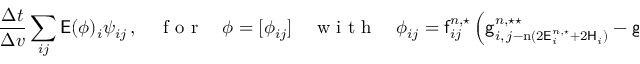
\frac { \Delta t } { \Delta v } \sum _ { i j } \mathsf { E } ( \phi ) _ { i } \psi _ { i j } \, , \quad \mathrm { ~ f ~ o ~ r ~ } \quad \phi = [ \phi _ { i j } ] \quad \mathrm { ~ w ~ i ~ t ~ h ~ } \quad \phi _ { i j } = \mathsf { f } _ { i j } ^ { n , \star } \left( \mathsf { g } _ { i , \, j - \mathrm { n } ( 2 \mathsf { E } _ { i } ^ { n , \star } + 2 \mathsf { H } _ { i } ) } ^ { n , \star \star } - \mathsf { g } _ { i , \, j - \mathrm { n } ( 2 \mathsf { E } _ { i } ^ { n , \star } + 2 \mathsf { H } _ { i } ) - 1 } ^ { n , \star \star } \right) \, .